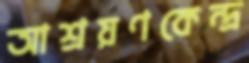
আশ্রয়ণকেন্দ্র